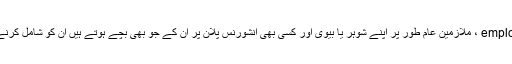
اضافی رقم کے ل employees ، ملازمین عام طور پر اپنے شوہر یا بیوی اور کسی بھی انشورنس پلان پر ان کے جو بھی بچے ہوتے ہیں ان کو شامل کرنے کا انتخاب کرسکتے ہیں۔